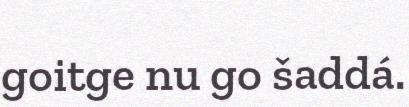
goitge nu go šaddá.